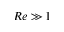
R e \gg 1